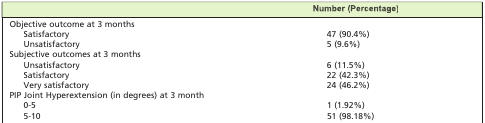
|  | Number (Percentage) |
 | --- | --- |
 | <COLSPAN=2> Objective outcome at 3 months |
 | Satisfactory | 47 (90.4%) |
 | Unsatisfactory | 5 (9.6%) |
 | <COLSPAN=2> Subjective outcomes at 3 months |
 | Unsatisfactory | 6 (11.5%) |
 | Satisfactory | 22 (42.3%) |
 | Very satisfactory | 24 (46.2%) |
 | <COLSPAN=2> PIP Joint Hyperextension (in degrees) at 3 month |
 | 0-5 | 1 (1.92%) |
 | 5-10 | 51 (98.18%) |